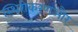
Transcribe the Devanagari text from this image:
स्थिरीकरणऔर